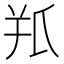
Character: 𦍖